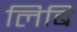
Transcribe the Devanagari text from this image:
लिबि